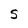
Character: S